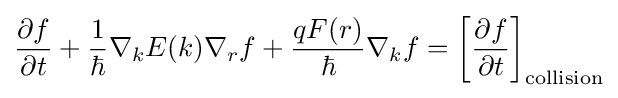
{\frac {\partial f}{\partial t}}+{\frac {1}{\hbar }}\nabla _{k}E(k)\nabla _{r}f+{\frac {qF(r)}{\hbar }}\nabla _{k}f=\left[{\frac {\partial f}{\partial t}}\right]_{\mathrm {collision} }